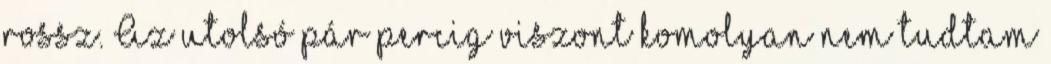
rossz. Az utolsó pár percig viszont komolyan nem tudtam